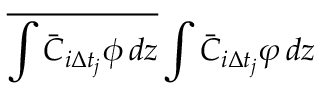
\overline { { \int \bar { C } _ { i \Delta t _ { j } } \phi \mathop { } \! { d { z } } } } \int \bar { C } _ { i \Delta t _ { j } } \varphi \mathop { } \! { d { z } }